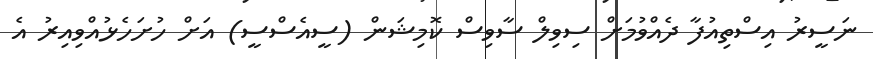
ނަސީރު އިސްތިއުފާ ދެއްވުމަށް ސިވިލް ސާވިސް ކޮމިޝަން (ސީއެސްސީ) އަށް ހުށަހެޅުއްވިއިރު އެ